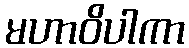
မဟာဝိပါကာ